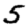
Digit: 5